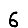
Digit: 6